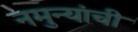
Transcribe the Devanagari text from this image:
नमुन्यांची